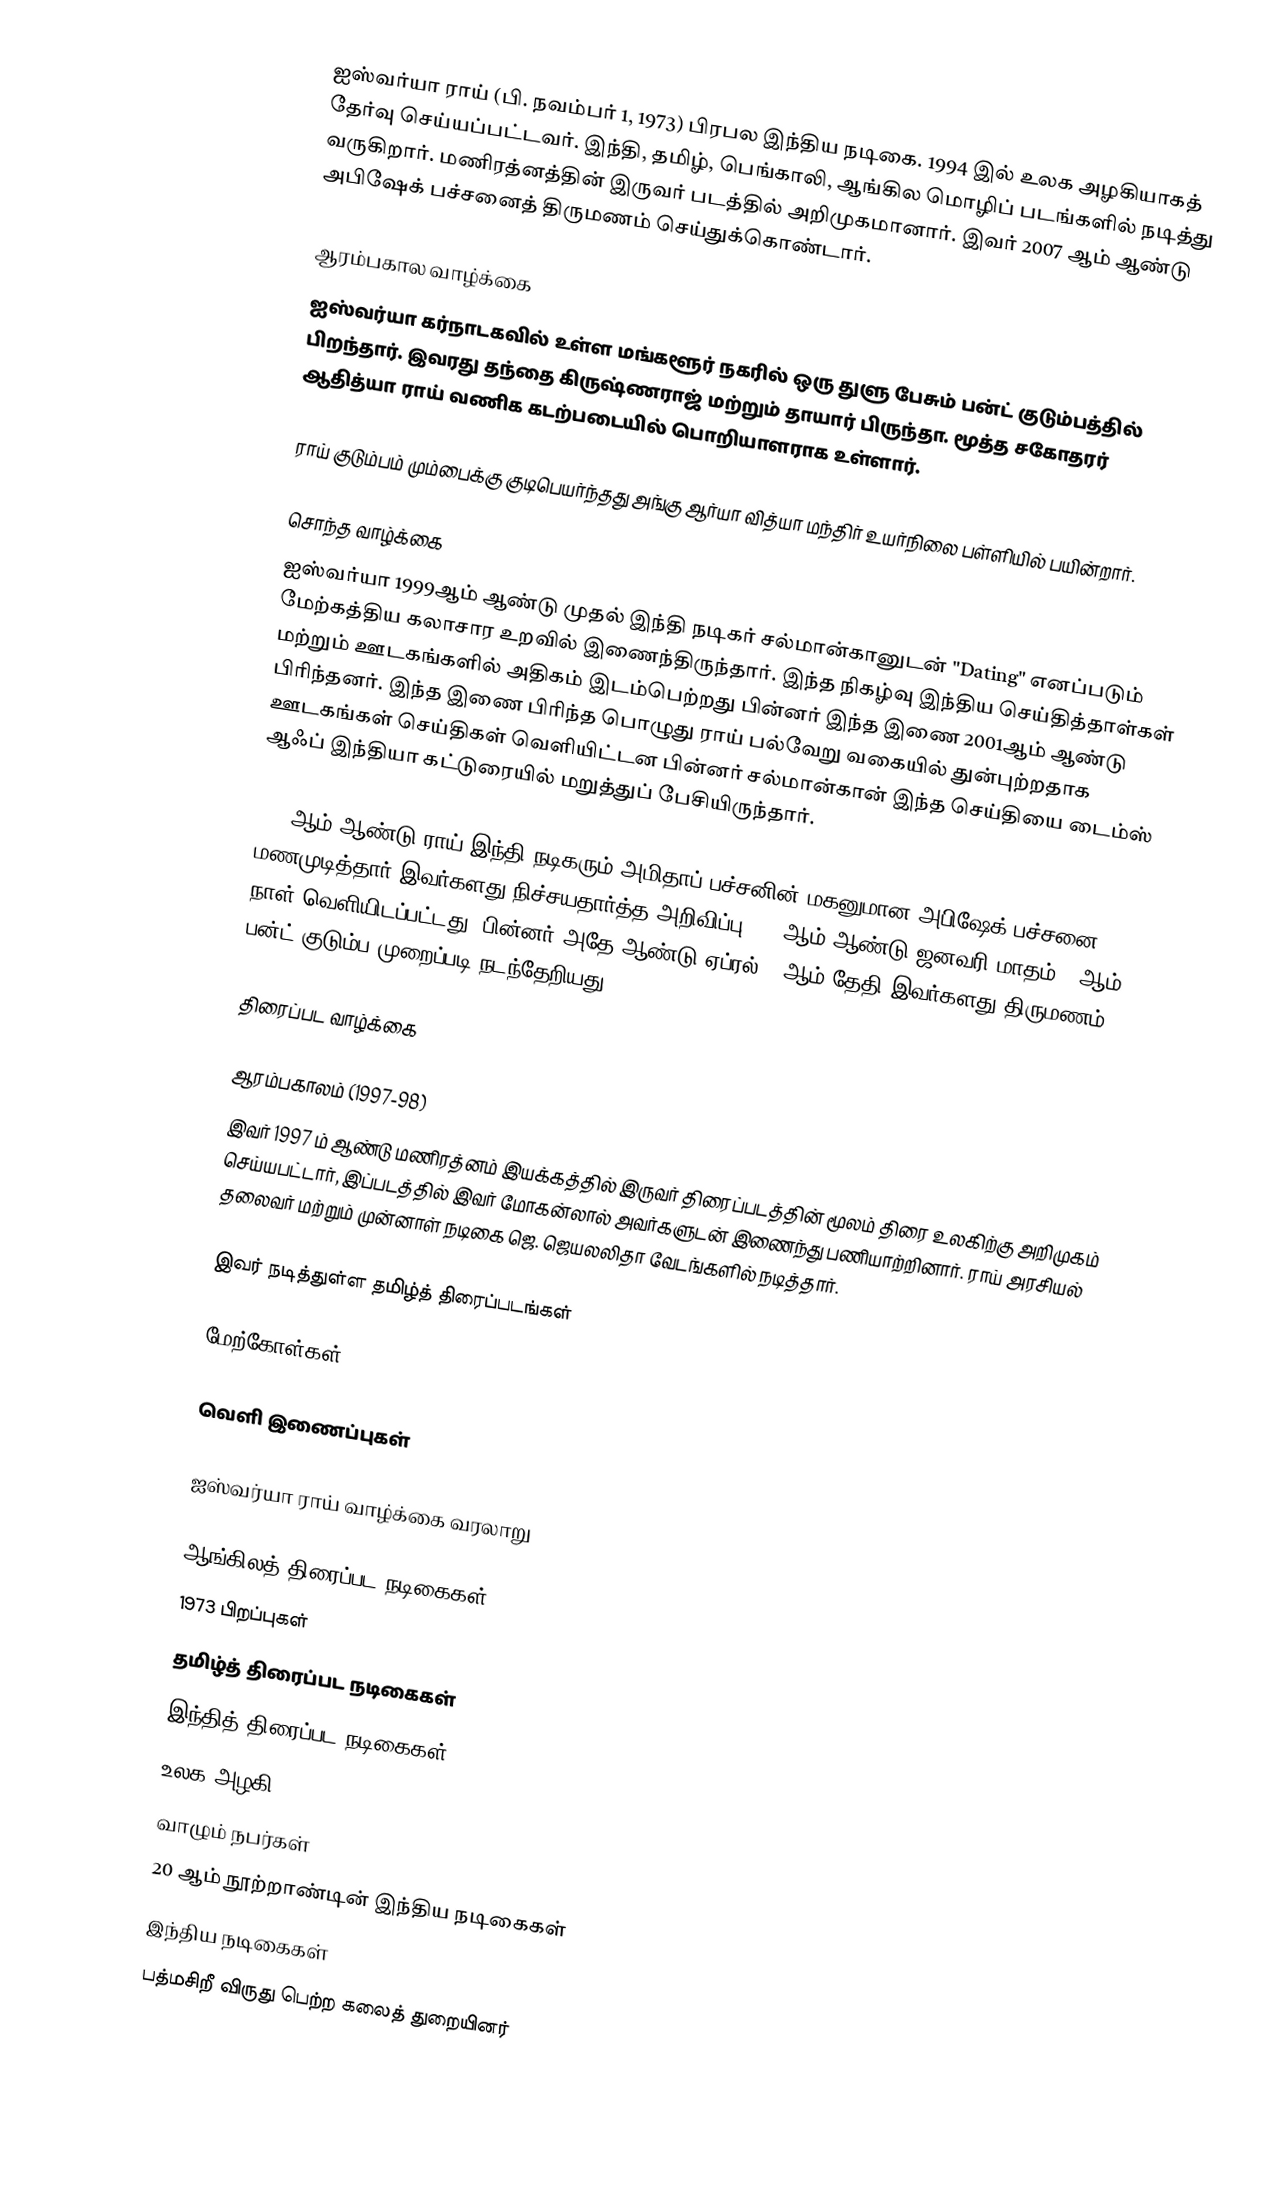
ஐஸ்வர்யா ராய் (பி. நவம்பர் 1, 1973) பிரபல இந்திய நடிகை. 1994 இல் உலக அழகியாகத் தேர்வு செய்யப்பட்டவர். இந்தி, தமிழ், பெங்காலி, ஆங்கில மொழிப் படங்களில் நடித்து வருகிறார். மணிரத்னத்தின் இருவர் படத்தில் அறிமுகமானார். இவர் 2007 ஆம் ஆண்டு அபிஷேக் பச்சனைத் திருமணம் செய்துக்கொண்டார்.

ஆரம்பகால வாழ்க்கை
ஐஸ்வர்யா கர்நாடகவில் உள்ள  மங்களூர் நகரில் ஒரு துளு பேசும் பன்ட் குடும்பத்தில்  பிறந்தார். இவரது தந்தை கிருஷ்ணராஜ் மற்றும் தாயார் பிருந்தா. மூத்த சகோதரர் ஆதித்யா ராய் வணிக கடற்படையில் பொறியாளராக உள்ளார்.

ராய் குடும்பம் மும்பைக்கு குடிபெயர்ந்தது அங்கு  ஆர்யா வித்யா மந்திர் உயர்நிலை பள்ளியில் பயின்றார்.

சொந்த வாழ்க்கை
ஐஸ்வர்யா 1999ஆம் ஆண்டு முதல் இந்தி நடிகர் சல்மான்கானுடன்  "Dating" எனப்படும் மேற்கத்திய கலாசார உறவில் இணைந்திருந்தார். இந்த நிகழ்வு இந்திய செய்தித்தாள்கள் மற்றும் ஊடகங்களில் அதிகம் இடம்பெற்றது பின்னர் இந்த இணை 2001ஆம் ஆண்டு பிரிந்தனர். இந்த இணை பிரிந்த பொழுது ராய் பல்வேறு வகையில் துன்புற்றதாக ஊடகங்கள் செய்திகள் வெளியிட்டன பின்னர் சல்மான்கான் இந்த செய்தியை டைம்ஸ் ஆஃப் இந்தியா கட்டுரையில் மறுத்துப் பேசியிருந்தார்.

2007ஆம் ஆண்டு ராய் இந்தி நடிகரும் அமிதாப் பச்சனின் மகனுமான அபிஷேக் பச்சனை மணமுடித்தார் இவர்களது நிச்சயதார்த்த அறிவிப்பு 2007ஆம் ஆண்டு ஜனவரி மாதம் 14ஆம் நாள் வெளியிடப்பட்டது. பின்னர் அதே ஆண்டு ஏப்ரல் 20ஆம் தேதி இவர்களது திருமணம் பன்ட் குடும்ப முறைப்படி நடந்தேறியது.

திரைப்பட வாழ்க்கை

ஆரம்பகாலம் (1997-98)
இவர் 1997 ம் ஆண்டு மணிரத்னம் இயக்கத்தில் இருவர் திரைப்படத்தின் மூலம் திரை உலகிற்கு அறிமுகம் செய்யபட்டார்,  இப்படத்தில் இவர் மோகன்லால் அவர்களுடன் இணைந்து பணியாற்றினார். ராய் அரசியல் தலைவர் மற்றும் முன்னாள் நடிகை ஜெ. ஜெயலலிதா வேடங்களில் நடித்தார்.

இவர் நடித்துள்ள தமிழ்த் திரைப்படங்கள்

மேற்கோள்கள்

வெளி இணைப்புகள்

 ஐஸ்வர்யா ராய் வாழ்க்கை வரலாறு

ஆங்கிலத் திரைப்பட நடிகைகள்
1973 பிறப்புகள்
தமிழ்த் திரைப்பட நடிகைகள்
இந்தித் திரைப்பட நடிகைகள்
உலக அழகி
வாழும் நபர்கள்
20 ஆம் நூற்றாண்டின் இந்திய நடிகைகள்
இந்திய நடிகைகள்
பத்மசிறீ விருது பெற்ற கலைத் துறையினர்